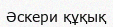
Әскери құқық